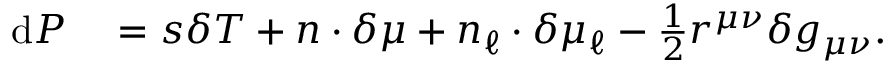
\begin{array} { r l } { \mathrm { d } P } & { { } = s \delta T + n \cdot \delta \mu + n _ { \ell } \cdot \delta \mu _ { \ell } - \frac { 1 } { 2 } r ^ { \mu \nu } \delta g _ { \mu \nu } . } \end{array}